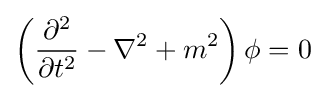
\left({\frac {\partial ^{2}}{\partial t^{2}}}-\nabla ^{2}+m^{2}\right)\phi =0